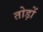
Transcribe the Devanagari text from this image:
तोड़ों